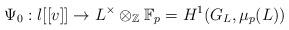
LaTeX: \begin{align*}\Psi_0: l[[v]] \rightarrow L^\times \otimes_{\mathbb{Z}} \mathbb{F}_p = H^1(G_L,\mu_p(L))\end{align*}